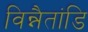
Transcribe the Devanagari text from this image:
विन्नैतांडि